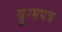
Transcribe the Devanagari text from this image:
युग्मपत्र